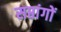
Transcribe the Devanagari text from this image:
सप्तांगों